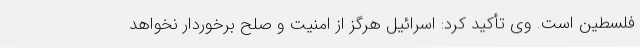
فلسطین است. وی تأکید کرد: اسرائیل هرگز از امنیت و صلح برخوردار نخواهد